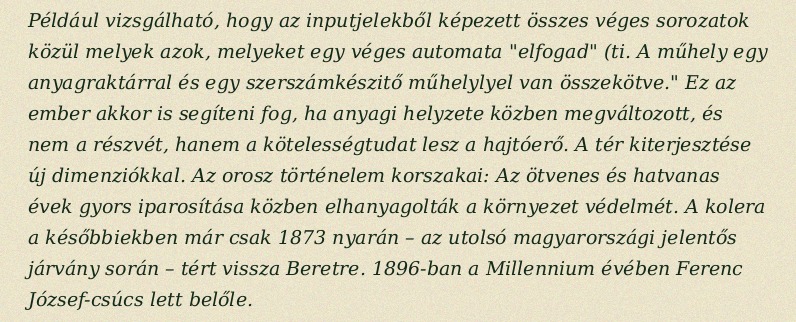
Például vizsgálható, hogy az inputjelekből képezett összes véges sorozatok közül melyek azok, melyeket egy véges automata "elfogad" (ti. A műhely egy anyagraktárral és egy szerszámkészitő műhelylyel van összekötve." Ez az ember akkor is segíteni fog, ha anyagi helyzete közben megváltozott, és nem a részvét, hanem a kötelességtudat lesz a hajtóerő. A tér kiterjesztése új dimenziókkal. Az orosz történelem korszakai: Az ötvenes és hatvanas évek gyors iparosítása közben elhanyagolták a környezet védelmét. A kolera a későbbiekben már csak 1873 nyarán – az utolsó magyarországi jelentős járvány során – tért vissza Beretre. 1896-ban a Millennium évében Ferenc József-csúcs lett belőle.